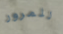
للمرور